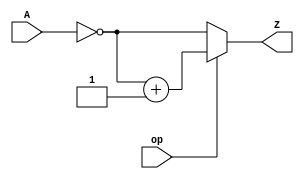
module neg_not(
	input wire [31:0]		A,
	input wire				op,
	output wire [63:0]	Z
);
	assign Z = (op == 1) ? ~A+1 : ~A;
endmodule